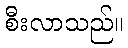
စီးလာသည်။